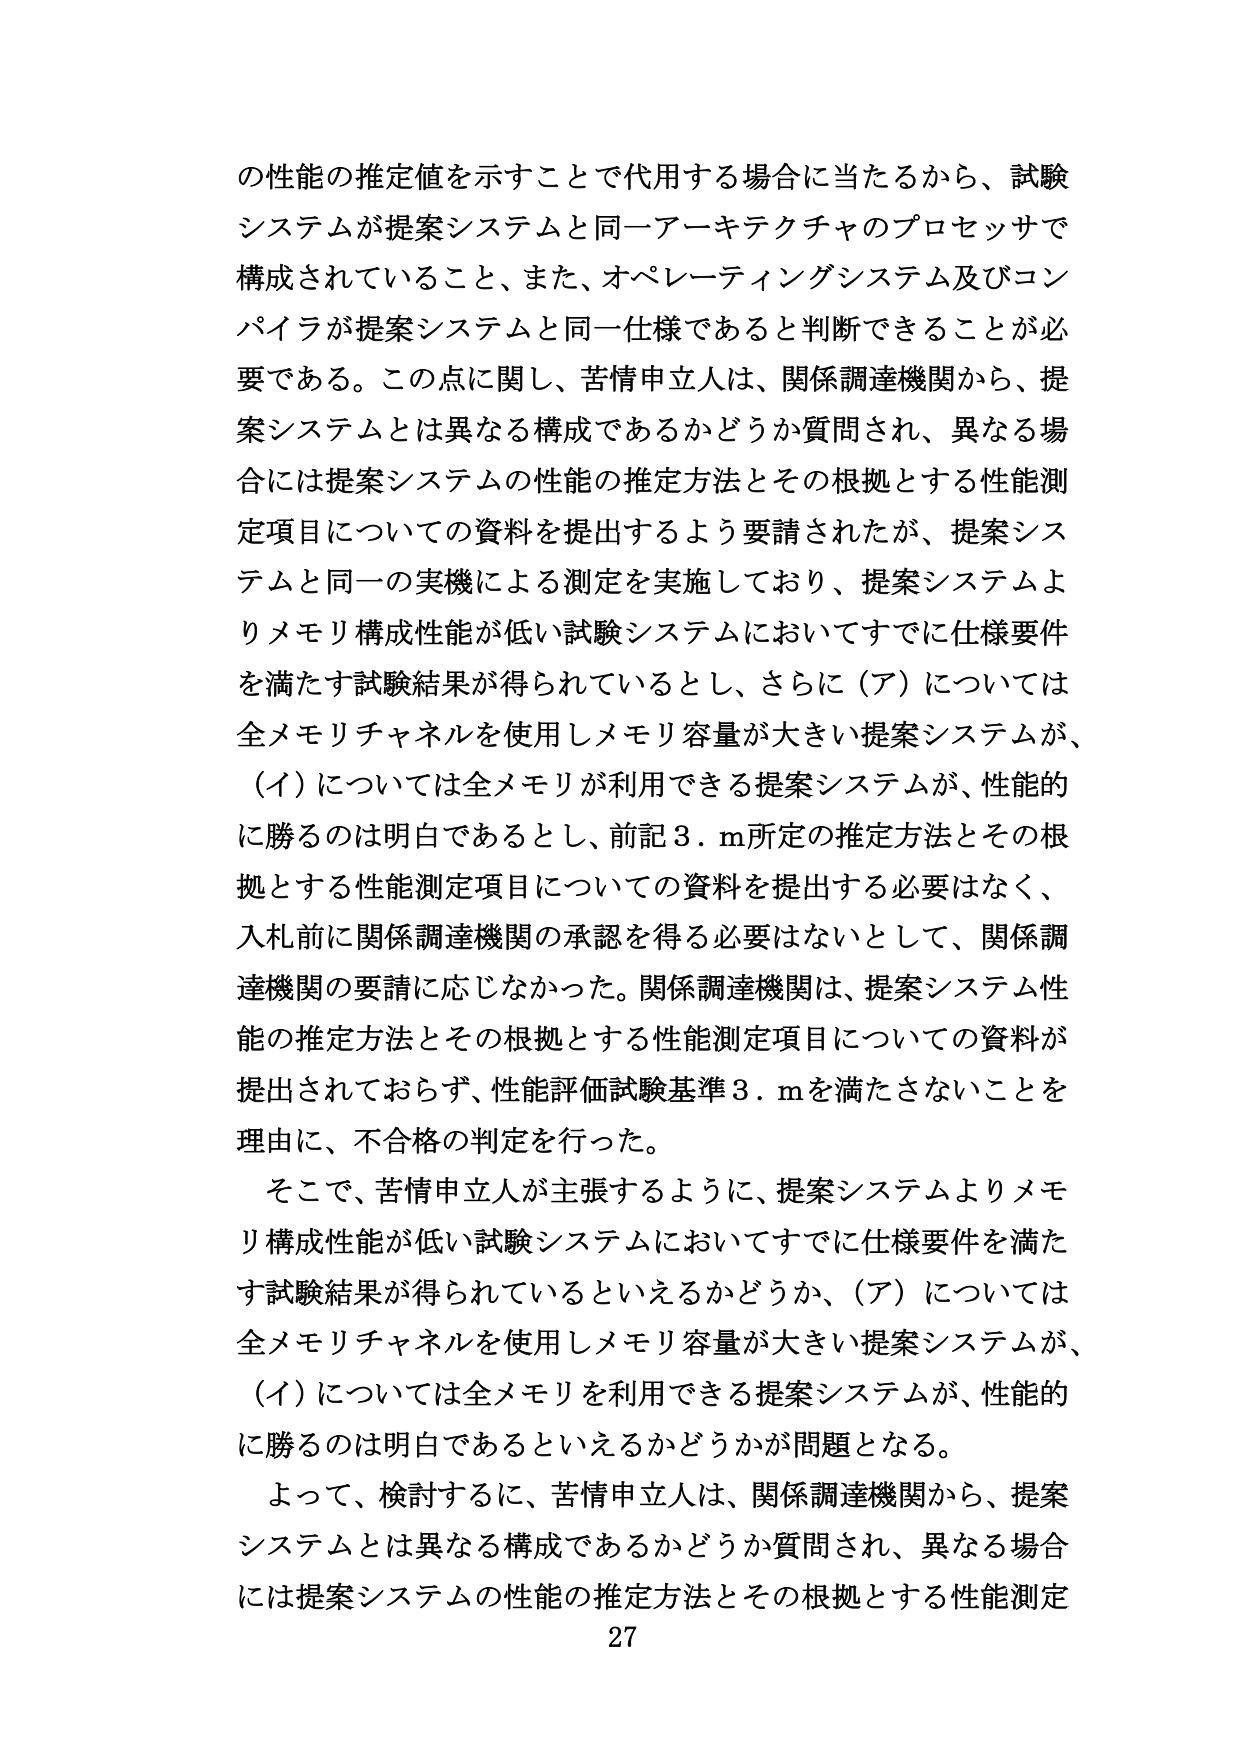
の性能の推定値を示すことで代用する場合に当たるから、試験システムが提案システムと同一アーキテクチャのプロセッサで構成されていること、また、オペレーティングシステム及びコンパイラが提案システムと同一仕様であると判断できることが必要である。この点に関し、苦情申立人は、関係調達機関から、提案システムとは異なる構成であるかどうか質問され、異なる場合には提案システムの性能の推定方法とその根拠とする性能測定項目についての資料を提出するよう要請されたが、提案システムと同一の実機による測定を実施しており、提案システムよりメモリ構成性能が低い試験システムにおいてすでに仕様要件を満たす試験結果が得られているとし、さらに（ア）については全メモリチャネルを使用しメモリ容量が大きい提案システムが、（イ）については全メモリが利用できる提案システムが、性能的に勝るのは明白であるとし、前記3．m所定の推定方法とその根拠とする性能測定項目についての資料を提出する必要はなく、入札前に関係調達機関の承認を得る必要はないとして、関係調達機関の要請に応じなかった。関係調達機関は、提案システム性能の推定方法とその根拠とする性能測定項目についての資料が提出されておらず、性能評価試験基準3．mを満たさないことを理由に、不合格の判定を行った。

そこで、苦情申立人が主張するように、提案システムよりメモリ構成性能が低い試験システムにおいてすでに仕様要件を満たす試験結果が得られているといえるかどうか、（ア）については全メモリチャネルを使用しメモリ容量が大きい提案システムが、（イ）については全メモリを利用できる提案システムが、性能的に勝るのは明白であるといえるかどうかが問題となる。

よって、検討するに、苦情申立人は、関係調達機関から、提案システムとは異なる構成であるかどうか質問され、異なる場合には提案システムの性能の推定方法とその根拠とする性能測定

27